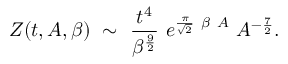
{ \cal Z } ( t , A , \beta ) ~ \sim ~ { \frac { t ^ { 4 } } { \beta ^ { \frac { 9 } { 2 } } } } ~ e ^ { { \frac { \pi } { \sqrt { 2 } } } ~ \beta ~ A } ~ A ^ { - { \frac { 7 } { 2 } } } .